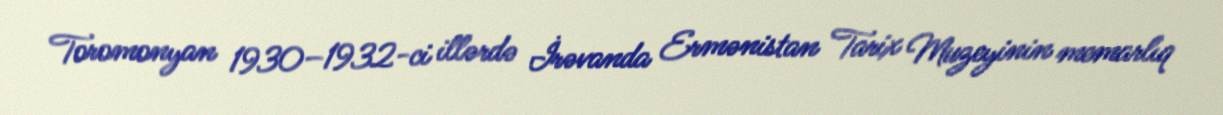
Toromonyan 1930–1932-ci illərdə İrəvanda Ermənistan Tarix Muzeyinin memarlıq